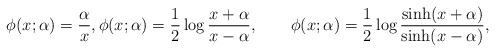
LaTeX: \begin{align*}\phi(x;\alpha)=\frac{\alpha}{x},\phi(x;\alpha)=\frac{1}{2}\log\frac{x+\alpha}{x-\alpha},\qquad\phi(x;\alpha)=\frac{1}{2}\log\frac{\sinh(x+\alpha)}{\sinh(x-\alpha)},\end{align*}